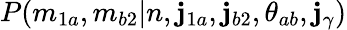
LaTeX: P(m_{1a},m_{b2}|n,\mathbf{j}_{1a},\mathbf{j}_{b2},\theta_{ab},\mathbf{j}_{\gamma})